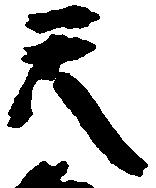
天